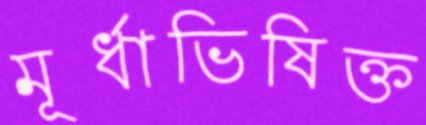
মূর্ধাভিষিক্ত